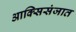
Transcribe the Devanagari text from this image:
आक्सिसंजात